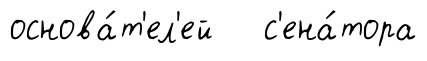
основа́т'ел'ей с'ена́тора